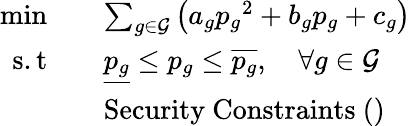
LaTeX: \begin{array}{rl}{\mathrm{min}\quad}&{\sum_{g\in\cal G}\left(a_{g}{p_{g}}^{2}+b_{g}p_{g}+c_{g}\right)}\\ {\mathrm{s.t}\quad}&{\underline{{p_{g}}}\leq p_{g}\leq\overline{{p_{g}}},\quad\forall g\in\cal G}\\ &{\mathrm{Security~Constraints~()~}}\end{array}